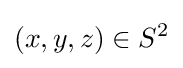
(x,y,z)\in S^{2}